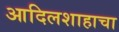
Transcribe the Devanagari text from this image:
आदिलशाहाचा